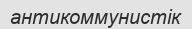
антикоммунистік